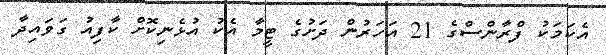
އެކަމަކު ފްރާންސްގެ 21 އަހަރުން ދަށުގެ ޓީމާ އެކު އުޅެނިކޮށް ކާފިއު ގަވައިދާ